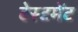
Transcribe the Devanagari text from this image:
टेस्टमेंट